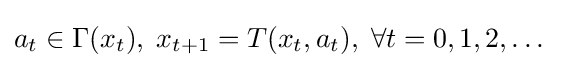
a_{t}\in \Gamma (x_{t}),\;x_{t+1}=T(x_{t},a_{t}),\;\forall t=0,1,2,\dots